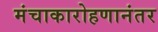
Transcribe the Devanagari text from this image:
मंचाकारोहणानंतर